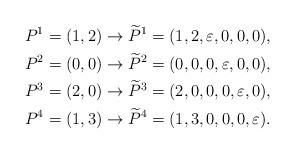
LaTeX: \begin{align*}&P^1=(1,2)\rightarrow\widetilde{P}^1=(1,2,\varepsilon,0,0,0),\\&P^2=(0,0)\rightarrow\widetilde{P}^2=(0,0,0,\varepsilon,0,0),\\&P^3=(2,0)\rightarrow\widetilde{P}^3=(2,0,0,0,\varepsilon,0),\\&P^4=(1,3)\rightarrow\widetilde{P}^4=(1,3,0,0,0,\varepsilon).\end{align*}